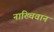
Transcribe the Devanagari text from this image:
नाख्चिवान